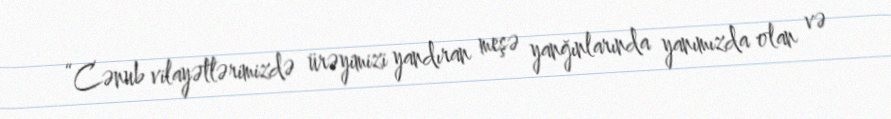
“Cənub vilayətlərimizdə ürəyimizi yandıran meşə yanğınlarında yanımızda olan və